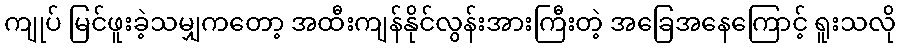
ကျုပ် မြင်ဖူးခဲ့သမျှကတော့ အထီးကျန်နိုင်လွန်းအားကြီးတဲ့ အခြေအနေကြောင့် ရူးသလို